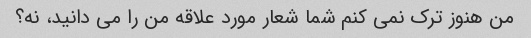
من هنوز ترک نمی کنم شما شعار مورد علاقه من را می دانید، نه؟